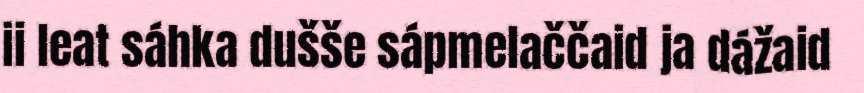
ii leat sáhka dušše sápmelaččaid ja dážaid